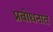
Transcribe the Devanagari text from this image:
प्रबोधनात